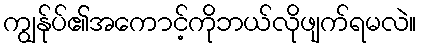
ကျွန်ုပ်၏အကောင့်ကိုဘယ်လိုဖျက်ရမလဲ။